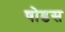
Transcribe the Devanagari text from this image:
षोडस